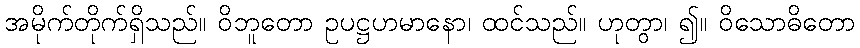
အမိုက်တိုက်ရှိသည်။ ဝိဘူတော ဥပဋ္ဌဟမာနော၊ ထင်သည်။ ဟုတွာ၊ ၍။ ဝိသောဓိတော